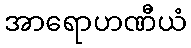
အာရောဟဏီယံ